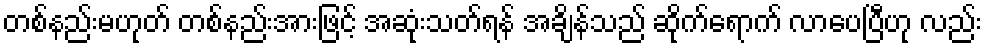
တစ်နည်းမဟုတ် တစ်နည်းအားဖြင့် အဆုံးသတ်ရန် အချိန်သည် ဆိုက်ရောက် လာပေပြီဟု လည်း